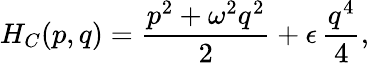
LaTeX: H_{C}(p,q)=\frac{p^{2}+\omega^{2}q^{2}}{2}+\epsilon\, \frac{q^{4}}{4},